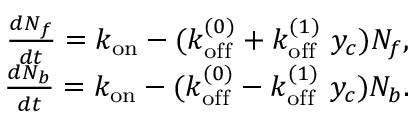
\begin{array} { r } { \frac { d N _ { f } } { d t } = k _ { \mathrm { o n } } - ( k _ { \mathrm { o f f } } ^ { ( 0 ) } + k _ { \mathrm { o f f } } ^ { ( 1 ) } \ y _ { c } ) N _ { f } , } \\ { \frac { d N _ { b } } { d t } = k _ { \mathrm { o n } } - ( k _ { \mathrm { o f f } } ^ { ( 0 ) } - k _ { \mathrm { o f f } } ^ { ( 1 ) } \ y _ { c } ) N _ { b } . } \end{array}